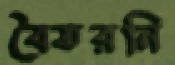
বৈতরনি